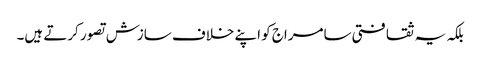
بلکہ یہ ثقافتی سامراج کو اپنے خلاف سازش تصور کرتے ہیں۔